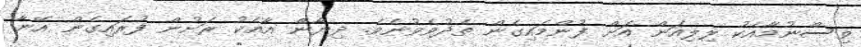
ވިސްނުމާއެކު ލިލިއަން އަށް ފުންމައިގެން ތެދުވެވުނެވެ. ދިޔާން އާއެކު ރަށުން ފުރައިގެން އޭނާ